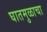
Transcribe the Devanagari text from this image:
घातमुळाचा